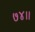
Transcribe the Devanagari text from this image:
७४।।